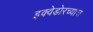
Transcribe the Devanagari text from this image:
इक्वेडोरच्याच